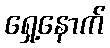
ရှေ့နောက်